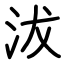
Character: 沷